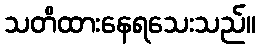
သတိထားနေရသေးသည်။